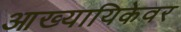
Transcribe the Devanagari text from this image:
आख्यायिकेवर